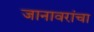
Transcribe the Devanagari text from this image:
जानावरांचा